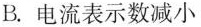
B.电流表示数减小